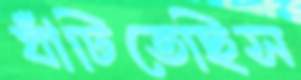
ঘাঁটিতেছিস